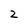
Character: 2